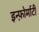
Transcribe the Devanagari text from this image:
इन्फ़ोर्माटी